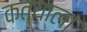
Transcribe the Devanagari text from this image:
कत्याला